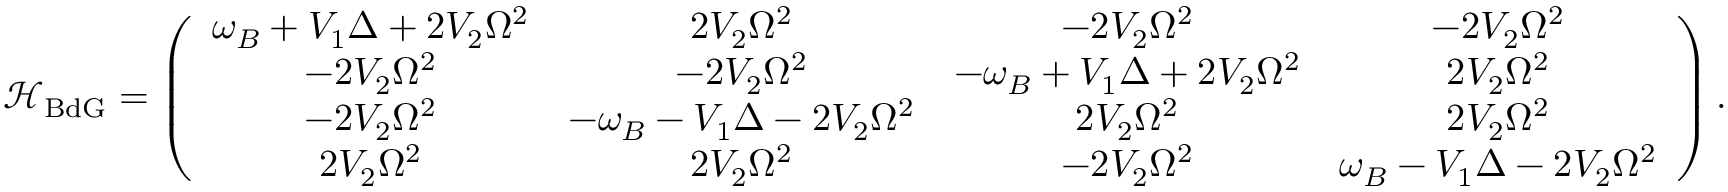
\mathcal { H } _ { \mathrm { B d G } } = \left( \begin{array} { c c c c } { \omega _ { B } + V _ { 1 } \Delta + 2 V _ { 2 } \Omega ^ { 2 } } & { 2 V _ { 2 } \Omega ^ { 2 } } & { - 2 V _ { 2 } \Omega ^ { 2 } } & { - 2 V _ { 2 } \Omega ^ { 2 } } \\ { - 2 V _ { 2 } \Omega ^ { 2 } } & { - 2 V _ { 2 } \Omega ^ { 2 } } & { - \omega _ { B } + V _ { 1 } \Delta + 2 V _ { 2 } \Omega ^ { 2 } } & { 2 V _ { 2 } \Omega ^ { 2 } } \\ { - 2 V _ { 2 } \Omega ^ { 2 } } & { - \omega _ { B } - V _ { 1 } \Delta - 2 V _ { 2 } \Omega ^ { 2 } } & { 2 V _ { 2 } \Omega ^ { 2 } } & { 2 V _ { 2 } \Omega ^ { 2 } } \\ { 2 V _ { 2 } \Omega ^ { 2 } } & { 2 V _ { 2 } \Omega ^ { 2 } } & { - 2 V _ { 2 } \Omega ^ { 2 } } & { \omega _ { B } - V _ { 1 } \Delta - 2 V _ { 2 } \Omega ^ { 2 } } \end{array} \right) .